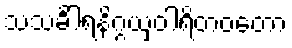
သသင်္ခါရနိဂ္ဂယှဝါရိတဝတော